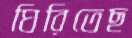
ঘিরিতেছ